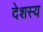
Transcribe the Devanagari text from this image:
देशस्य